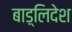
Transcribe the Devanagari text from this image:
बाड़्लिदेश